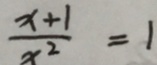
\frac { x + 1 } { x ^ { 2 } } = 1